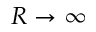
R \to \infty